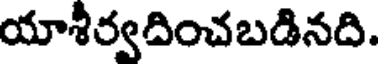
యాశీర్వదించబడినది.